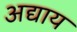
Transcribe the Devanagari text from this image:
अद्याय